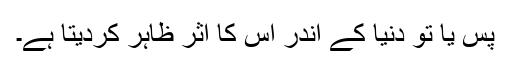
پس یا تو دنیا کے اندر اس کا اثر ظاہر کردیتا ہے۔